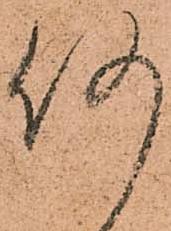
何